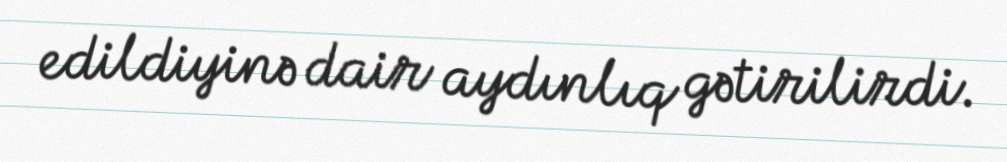
edildiyinə dair aydınlıq gətirilirdi.